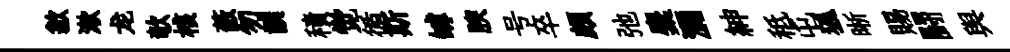
歙漱龙欹核蔽勿譔積觉循斯罅腴号卒頗弛麋瀰紳秪屯狐晰賜闘舆